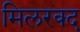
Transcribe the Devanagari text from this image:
मिलरक्द